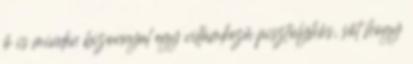
ő is minden bizonnyal egy villámkezű pisztolyhős, sőt hogy